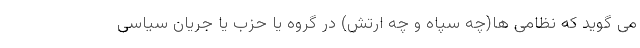
می گوید که نظامی ها(چه سپاه و چه ارتش) در گروه یا حزب یا جریان سیاسی